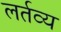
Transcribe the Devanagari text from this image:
लर्तव्य